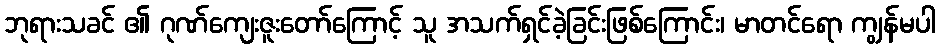
ဘုရားသခင် ၏ ဂုဏ်ကျေးဇူးတော်ကြောင့် သူ အသက်ရှင်ခဲ့ခြင်းဖြစ်ကြောင်း၊ မာတင်ရော ကျွန်မပါ